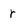
Character: r